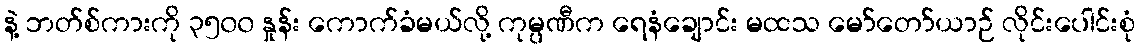
နဲ့ ဘတ်စ်ကားကို ၃၅၀၀ နှုန်း ကောက်ခံမယ်လို့ ကုမ္ပဏီက ရေနံချောင်း မထသ မော်တော်ယာဉ် လိုင်းပေါင်းစုံ